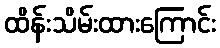
ထိန်းသိမ်းထားကြောင်း